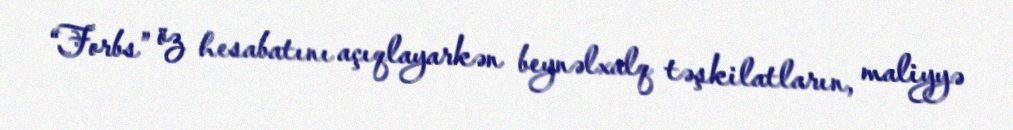
“Forbs” öz hesabatını açıqlayarkən beynəlxalq təşkilatların, maliyyə